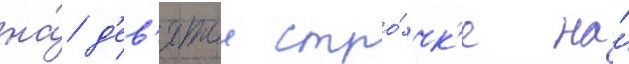
на́ д'ев'ятои стро́чк'е на́